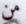
من